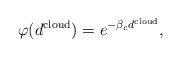
LaTeX: \begin{align*}\varphi(d^{\mathrm{cloud}})=e^{-\beta_c d^{\mathrm{cloud}}},\end{align*}